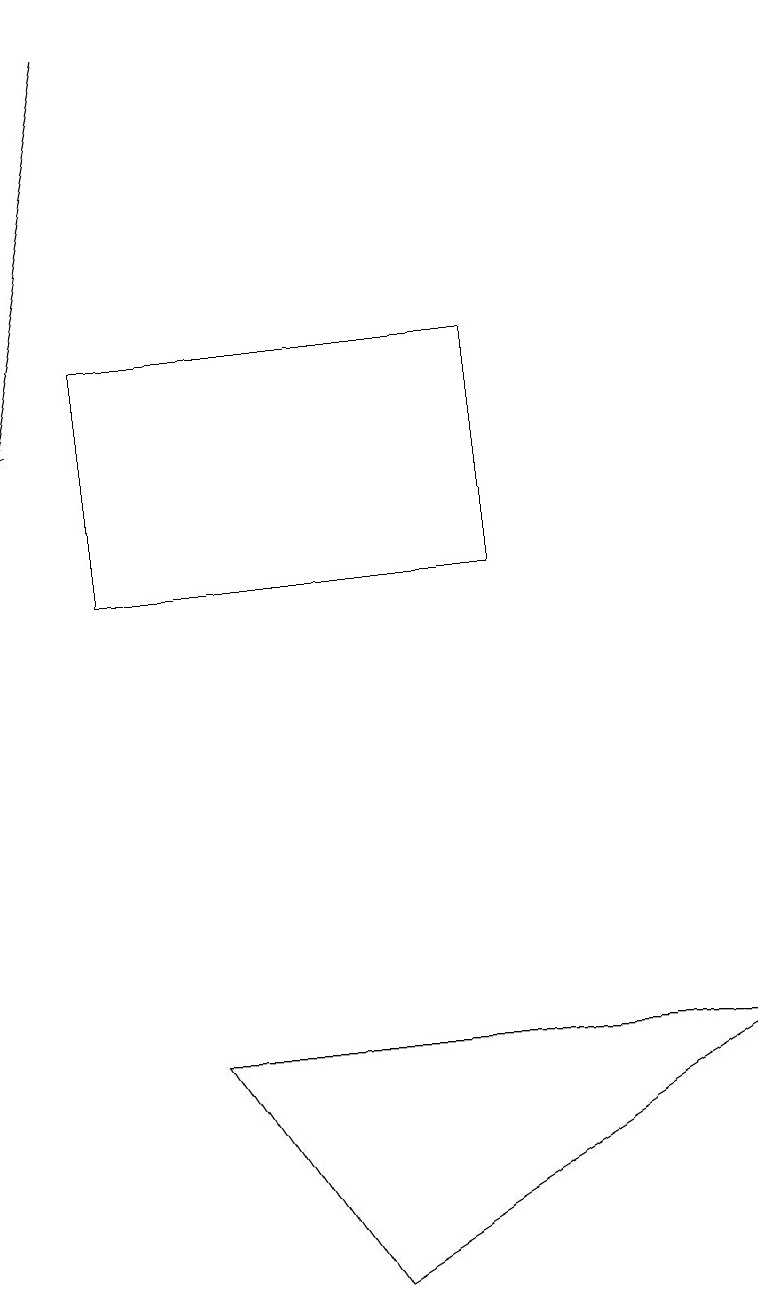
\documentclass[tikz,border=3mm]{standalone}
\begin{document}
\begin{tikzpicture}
\draw (9,5) -- (2,5) -- (4,2) -- cycle;
\draw (6,14) rectangle (1,11);
\draw[->] (1,18) -- (0,13);
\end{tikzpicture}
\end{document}